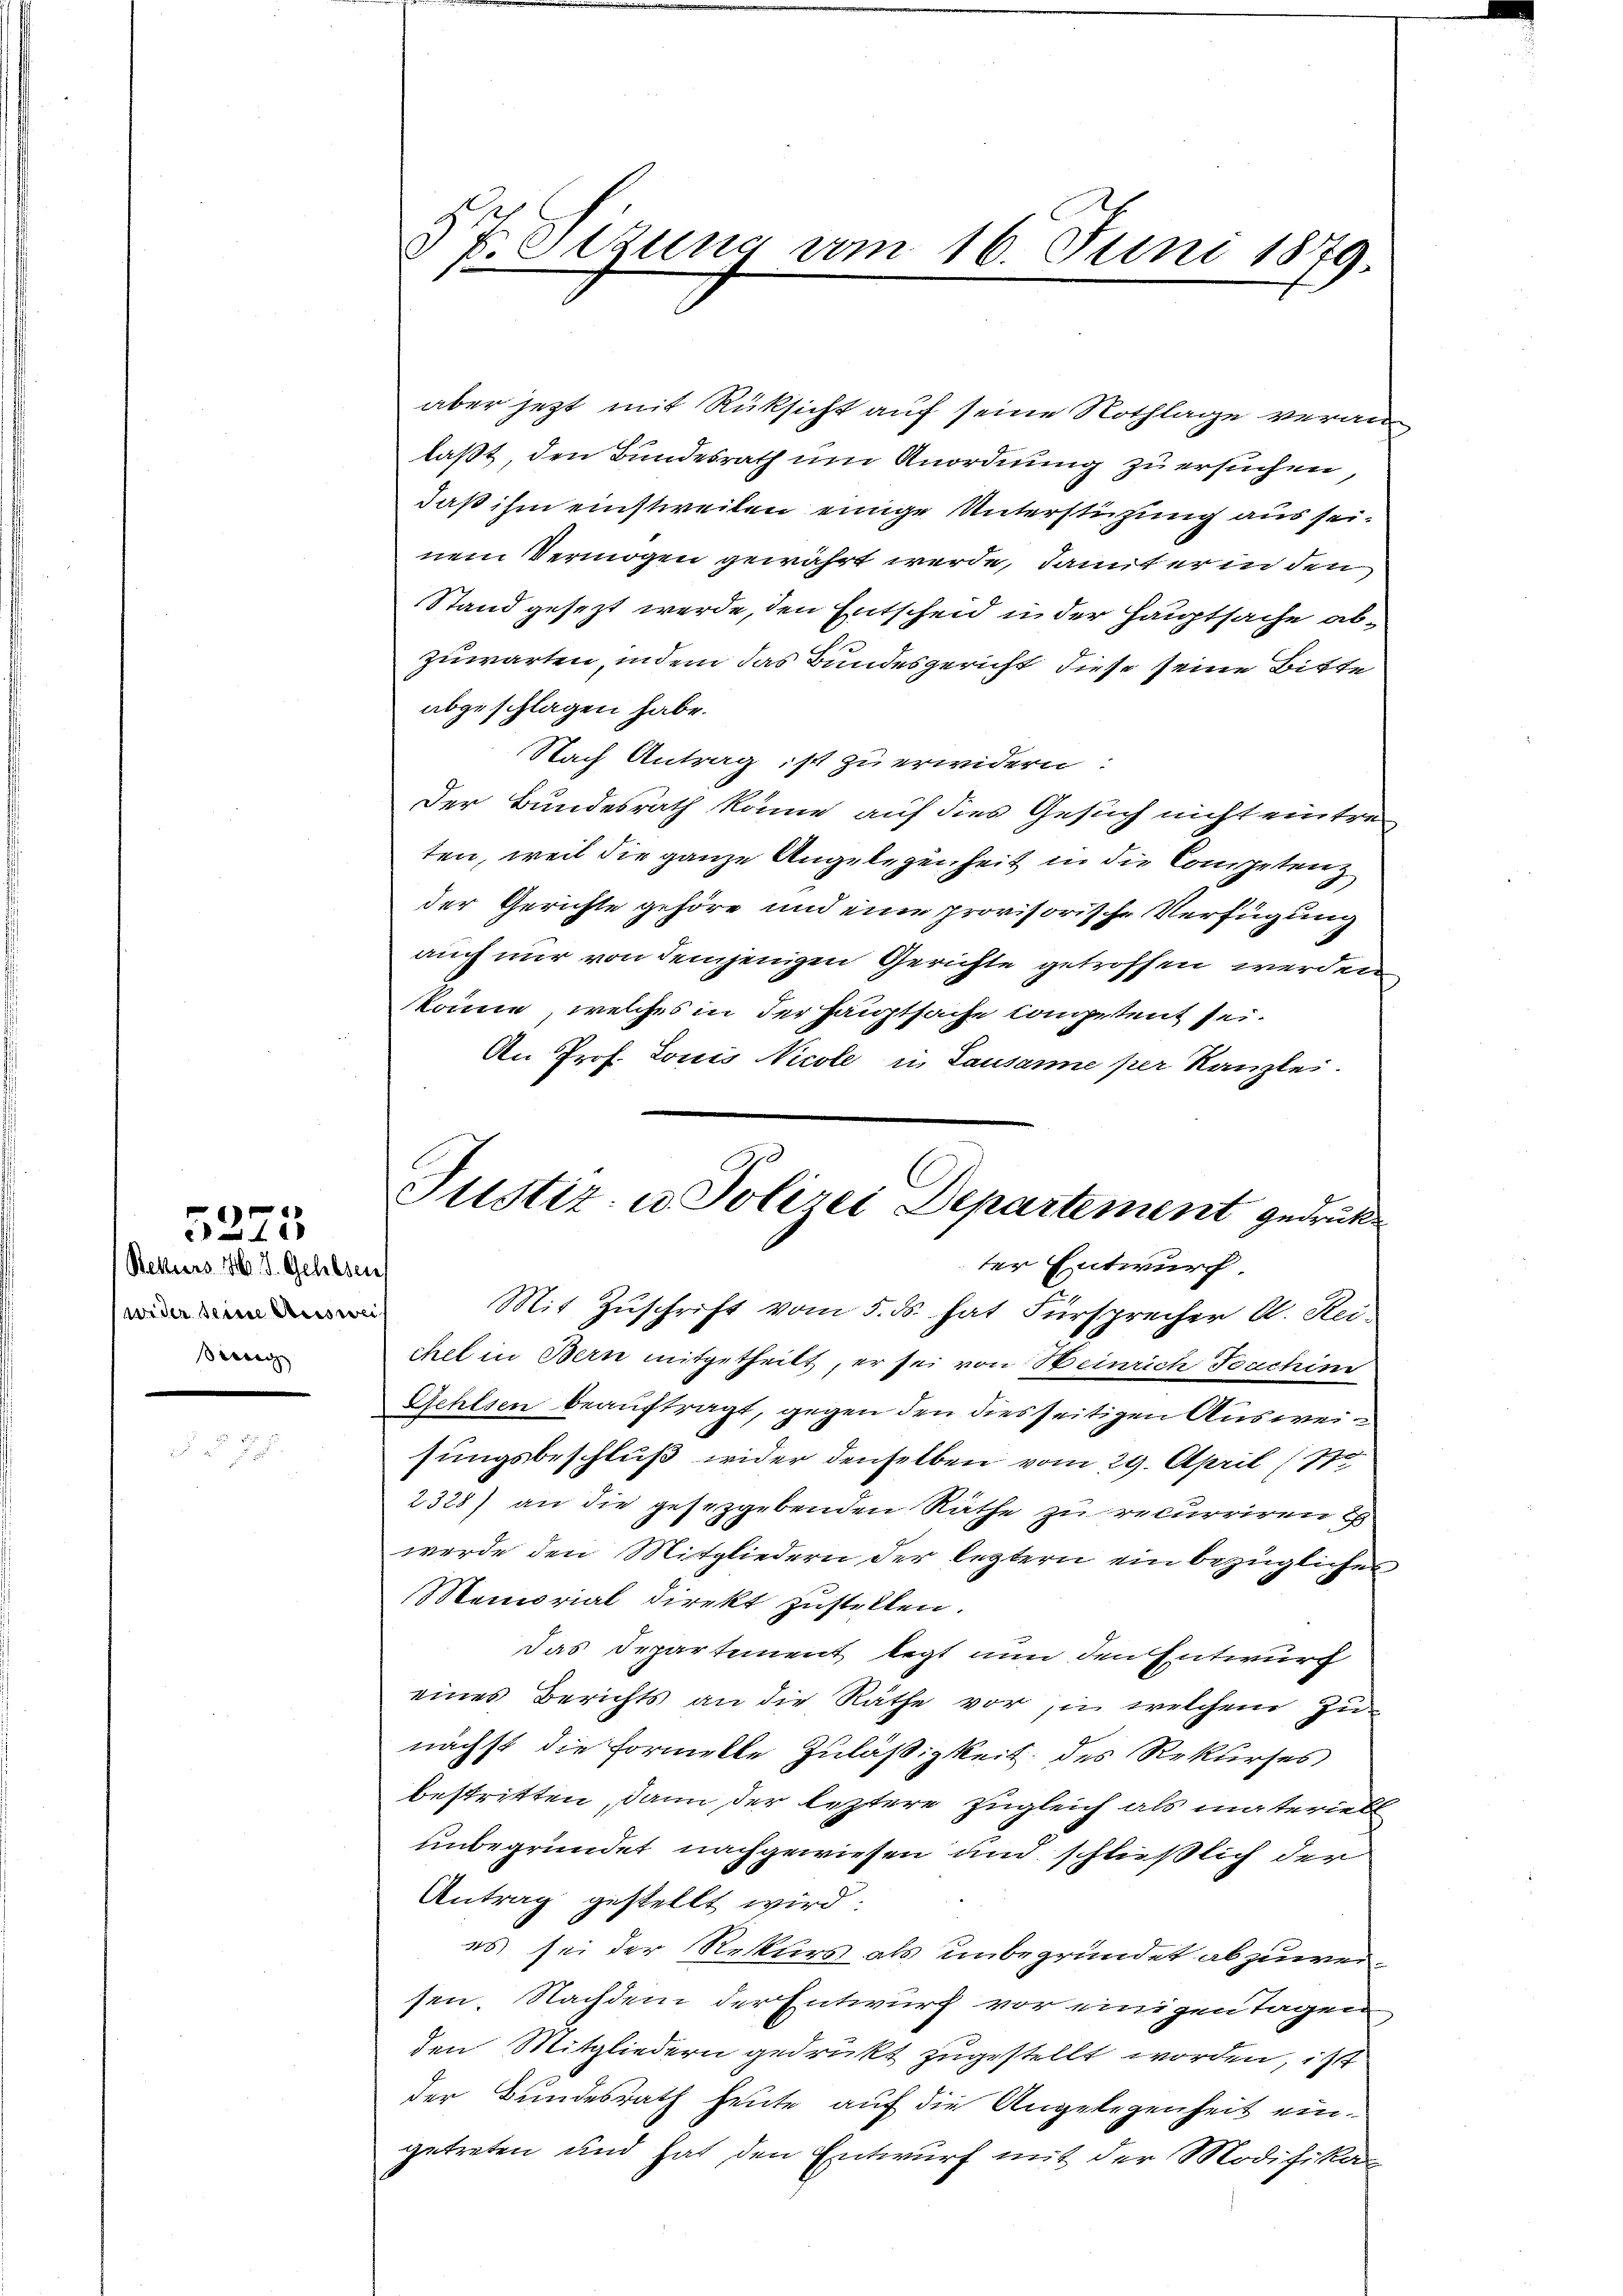
Rekurs H. V. Gehlsen
wider seine Auswei
innig

5273

§ 7. Sizung am 16. Juni 1879.
l

aber jetzt mit Rüksicht auf seine Nothlage veranlaßt, den Bundesrath um Anordnung zu ersuchen,
daß ihm einstweilen einige Unterstützung aus seinem Vermögen gewährt werde, damit er in den
Stand gesezt werde, den Entscheid in der Hauptsache abzuwarten, indem das Bundesgericht diese seine Bitte
abgeschlagen habe.
Nach Antrag ist zu erwidern:
Der Bundesrath könne auf dies Gesuch nicht eintreten, weil die ganze Angelegenheit in die Competenz
der Gerichte gehöre und eine provisorische Verfügung
auch nur von demjenigen Gerichte getroffen werden
könne, welches in der Hauptsache Competent sei.
An Prof. Louis Nicole in Lausanne per Kanzlei.
Mit Zŭschrift vom 5. ds. hat Fürsprecher A. Rei
chel in Bern mitgetheilt, er sei von Heinrich Foachini
Gehlsen beauftragt, gegen den dies seitigen Ausweisungsbeschluß wider denselben vom 29. April (17
2328) an die gesezgebenden Räthe zu recurriren E
werde den Mitgliedern der leztern ein bezüglichen
Memorial direkt zustellen.
das Departement legt nun den Entwurf
eines Berichts an die Räthe vor in welchem Zu-
nächst die Formelle Zuläßigkeit des Rekurses
bestritten, dann der leztere zugleich als materiell
unbegründet nachgewiesen und schlüßlich der
Antrag gestellt wird.
es sei der Rekurs als unbegründet abzuweisen. Nachdem der Entwurf vor einigen Tagen,
den Mitgliedern gedruckt zugestellt worden, ist
der Bundesrath heute auf die Angelegenheit eingetreten und hat den Entwurf mit der Modifikan

Justiz- u. Polizei Departement gedrück
ter Entwurf.